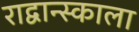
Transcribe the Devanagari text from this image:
राद्वान्स्काला